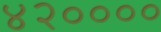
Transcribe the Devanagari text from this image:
४२००००